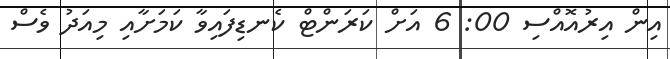
އިން އިރުއޮއްސި 00: 6 އަށް ކަރަންޓް ކެނޑިފައިވާ ކަމަށާއި މިއަދު ވެސް